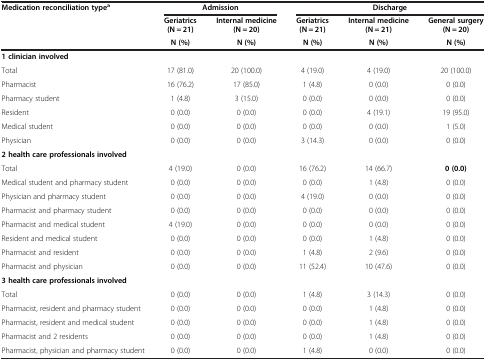
<table><thead><tr><td rowspan="3"><b>Medication reconciliation type<sup>a</sup></b></td><td colspan="2"><b>Admission</b></td><td colspan="3"><b>Discharge</b></td></tr><tr><td><b>Geriatrics (N = 21)</b></td><td><b>Internal medicine (N = 20)</b></td><td><b>Geriatrics (N = 21)</b></td><td><b>Internal medicine (N = 21)</b></td><td><b>General surgery (N = 20)</b></td></tr><tr><td><b>N (%)</b></td><td><b>N (%)</b></td><td><b>N (%)</b></td><td><b>N (%)</b></td><td><b>N (%)</b></td></tr></thead><tbody><tr><td><b>1 clinician involved</b></td><td>[EMPTY_CELL]</td><td>[EMPTY_CELL]</td><td>[EMPTY_CELL]</td><td>[EMPTY_CELL]</td><td>[EMPTY_CELL]</td></tr><tr><td>Total</td><td>17 (81.0)</td><td>20 (100.0)</td><td>4 (19.0)</td><td>4 (19.0)</td><td>20 (100.0)</td></tr><tr><td>Pharmacist</td><td>16 (76.2)</td><td>17 (85.0)</td><td>1 (4.8)</td><td>0 (0.0)</td><td>0 (0.0)</td></tr><tr><td>Pharmacy student</td><td>1 (4.8)</td><td>3 (15.0)</td><td>0 (0.0)</td><td>0 (0.0)</td><td>0 (0.0)</td></tr><tr><td>Resident</td><td>0 (0.0)</td><td>0 (0.0)</td><td>0 (0.0)</td><td>4 (19.1)</td><td>19 (95.0)</td></tr><tr><td>Medical student</td><td>0 (0.0)</td><td>0 (0.0)</td><td>0 (0.0)</td><td>0 (0.0)</td><td>1 (5.0)</td></tr><tr><td>Physician</td><td>0 (0.0)</td><td>0 (0.0)</td><td>3 (14.3)</td><td>0 (0.0)</td><td>0 (0.0)</td></tr><tr><td colspan="6"><b>2 health care professionals involved</b></td></tr><tr><td>Total</td><td>4 (19.0)</td><td>0 (0.0)</td><td>16 (76.2)</td><td>14 (66.7)</td><td><b>0 (0.0)</b></td></tr><tr><td>Medical student and pharmacy student</td><td>0 (0.0)</td><td>0 (0.0)</td><td>0 (0.0)</td><td>1 (4.8)</td><td>0 (0.0)</td></tr><tr><td>Physician and pharmacy student</td><td>0 (0.0)</td><td>0 (0.0)</td><td>4 (19.0)</td><td>0 (0.0)</td><td>0 (0.0)</td></tr><tr><td>Pharmacist and pharmacy student</td><td>0 (0.0)</td><td>0 (0.0)</td><td>0 (0.0)</td><td>0 (0.0)</td><td>0 (0.0)</td></tr><tr><td>Pharmacist and medical student</td><td>4 (19.0)</td><td>0 (0.0)</td><td>0 (0.0)</td><td>0 (0.0)</td><td>0 (0.0)</td></tr><tr><td>Resident and medical student</td><td>0 (0.0)</td><td>0 (0.0)</td><td>0 (0.0)</td><td>1 (4.8)</td><td>0 (0.0)</td></tr><tr><td>Pharmacist and resident</td><td>0 (0.0)</td><td>0 (0.0)</td><td>1 (4.8)</td><td>2 (9.6)</td><td>0 (0.0)</td></tr><tr><td>Pharmacist and physician</td><td>0 (0.0)</td><td>0 (0.0)</td><td>11 (52.4)</td><td>10 (47.6)</td><td>0 (0.0)</td></tr><tr><td colspan="6"><b>3 health care professionals involved</b></td></tr><tr><td>Total</td><td>0 (0.0)</td><td>0 (0.0)</td><td>1 (4.8)</td><td>3 (14.3)</td><td>0 (0.0)</td></tr><tr><td>Pharmacist, resident and pharmacy student</td><td>0 (0.0)</td><td>0 (0.0)</td><td>0 (0.0)</td><td>1 (4.8)</td><td>0 (0.0)</td></tr><tr><td>Pharmacist, resident and medical student</td><td>0 (0.0)</td><td>0 (0.0)</td><td>0 (0.0)</td><td>1 (4.8)</td><td>0 (0.0)</td></tr><tr><td>Pharmacist and 2 residents</td><td>0 (0.0)</td><td>0 (0.0)</td><td>0 (0.0)</td><td>1 (4.8)</td><td>0 (0.0)</td></tr><tr><td>Pharmacist, physician and pharmacy student</td><td>0 (0.0)</td><td>0 (0.0)</td><td>1 (4.8)</td><td>0 (0.0)</td><td>0 (0.0)</td></tr></tbody></table>